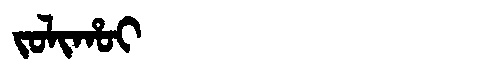
Manchu: ᠵᠣᠯᡳᡥᠣᡳ
Romanization: JOLIHOI